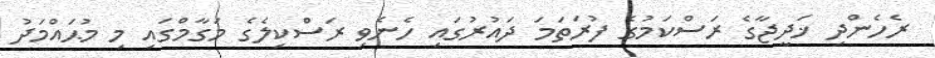
ރެހެންދި ޚަދީޖާގެ ރަސްކަމުގެ ފުރަތަމަ ދައުރުގައި ހެނެވި ރަސްކިލެގެ މަގާމްގައި މި މުޙައްމަދު